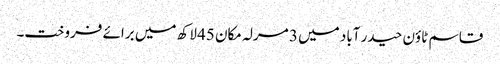
قاسم ٹاؤن حیدر آباد میں 3 مرلہ مکان 45 لاکھ میں برائے فروخت۔